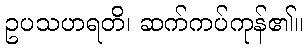
ဥပသဟရတိ၊ ဆက်ကပ်ကုန်၏။